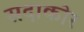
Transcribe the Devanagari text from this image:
सदाकोर